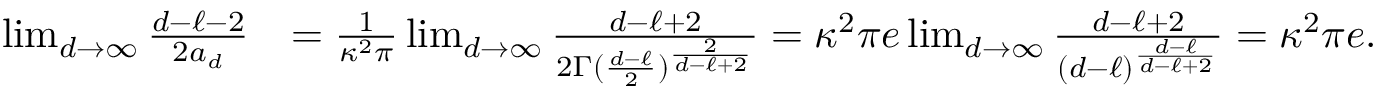
\begin{array} { r l } { \operatorname* { l i m } _ { d \to \infty } { \frac { d - \ell - 2 } { 2 a _ { d } } } } & { = { \frac { 1 } { \kappa ^ { 2 } \pi } } \operatorname* { l i m } _ { d \to \infty } { \frac { d - \ell + 2 } { 2 \Gamma ( { \frac { d - \ell } { 2 } } ) ^ { \frac { 2 } { d - \ell + 2 } } } } = \kappa ^ { 2 } \pi e \operatorname* { l i m } _ { d \to \infty } { \frac { d - \ell + 2 } { ( d - \ell ) ^ { \frac { d - \ell } { d - \ell + 2 } } } } = \kappa ^ { 2 } \pi e . } \end{array}